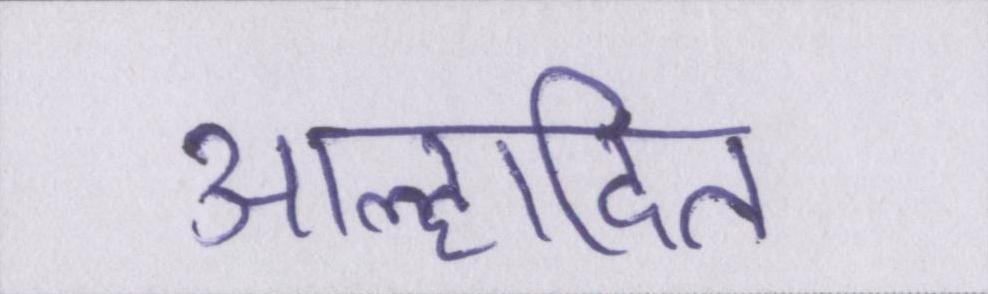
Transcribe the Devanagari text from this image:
आह्लादित